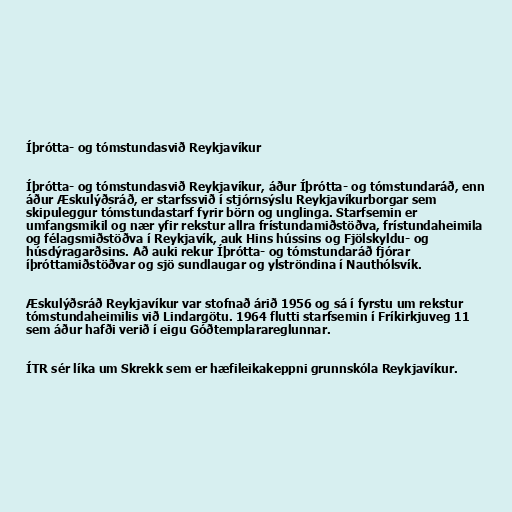
Íþrótta- og tómstundasvið Reykjavíkur

Íþrótta- og tómstundasvið Reykjavíkur, áður Íþrótta- og tómstundaráð, enn
áður Æskulýðsráð, er starfssvið í stjórnsýslu Reykjavíkurborgar sem
skipuleggur tómstundastarf fyrir börn og unglinga. Starfsemin er
umfangsmikil og nær yfir rekstur allra frístundamiðstöðva, frístundaheimila
og félagsmiðstöðva í Reykjavík, auk Hins hússins og Fjölskyldu- og
húsdýragarðsins. Að auki rekur Íþrótta- og tómstundaráð fjórar
íþróttamiðstöðvar og sjö sundlaugar og ylströndina í Nauthólsvík.

Æskulýðsráð Reykjavíkur var stofnað árið 1956 og sá í fyrstu um rekstur
tómstundaheimilis við Lindargötu. 1964 flutti starfsemin í Fríkirkjuveg 11
sem áður hafði verið í eigu Góðtemplarareglunnar.

ÍTR sér líka um Skrekk sem er hæfileikakeppni grunnskóla Reykjavíkur.